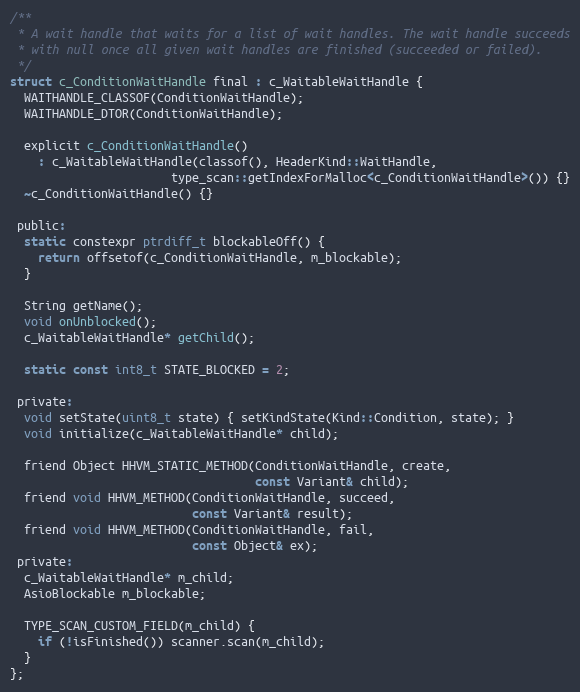
Language: C
/**
 * A wait handle that waits for a list of wait handles. The wait handle succeeds
 * with null once all given wait handles are finished (succeeded or failed).
 */
struct c_ConditionWaitHandle final : c_WaitableWaitHandle {
  WAITHANDLE_CLASSOF(ConditionWaitHandle);
  WAITHANDLE_DTOR(ConditionWaitHandle);

  explicit c_ConditionWaitHandle()
    : c_WaitableWaitHandle(classof(), HeaderKind::WaitHandle,
                       type_scan::getIndexForMalloc<c_ConditionWaitHandle>()) {}
  ~c_ConditionWaitHandle() {}

 public:
  static constexpr ptrdiff_t blockableOff() {
    return offsetof(c_ConditionWaitHandle, m_blockable);
  }

  String getName();
  void onUnblocked();
  c_WaitableWaitHandle* getChild();

  static const int8_t STATE_BLOCKED = 2;

 private:
  void setState(uint8_t state) { setKindState(Kind::Condition, state); }
  void initialize(c_WaitableWaitHandle* child);

  friend Object HHVM_STATIC_METHOD(ConditionWaitHandle, create,
                                   const Variant& child);
  friend void HHVM_METHOD(ConditionWaitHandle, succeed,
                          const Variant& result);
  friend void HHVM_METHOD(ConditionWaitHandle, fail,
                          const Object& ex);
 private:
  c_WaitableWaitHandle* m_child;
  AsioBlockable m_blockable;

  TYPE_SCAN_CUSTOM_FIELD(m_child) {
    if (!isFinished()) scanner.scan(m_child);
  }
};